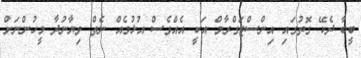
ބީބާ ދެކޭ ގޮތުގައި އިންސްޓަގްރާމް އަކީ އެއްވެސް އުޅުމެއް ނެތް ވިޔާނުދާ މީހުންނަށް